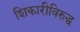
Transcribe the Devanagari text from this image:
शिकारीविरुद्ध